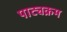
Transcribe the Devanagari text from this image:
पाट्यक्रम